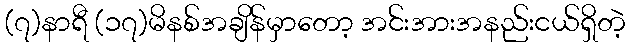
(၇)နာရီ (၁၇)မိနစ်အချိန်မှာတော့ အင်းအားအနည်းငယ်ရှိတဲ့